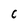
Character: C